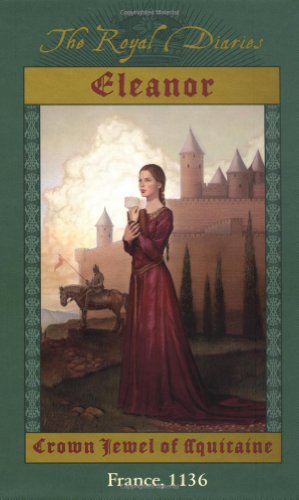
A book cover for Eleanor: Crown Jewel of Aquitaine, France, 1136 (The Royal Diaries); Kristiana Gregory; Children's Books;